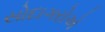
સોદાગરોએ